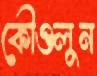
কৌওলুন